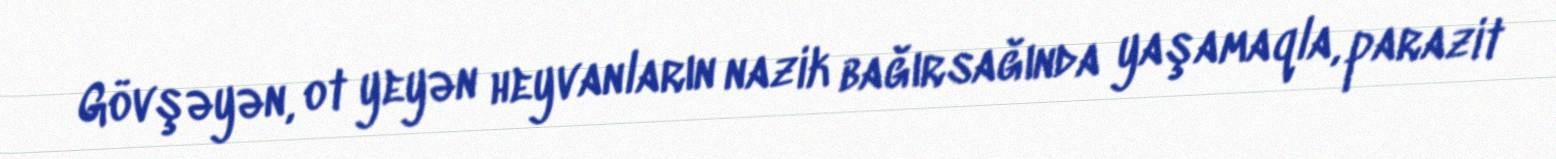
Gövşəyən, ot yeyən heyvanların nazik bağırsağında yaşamaqla, parazit